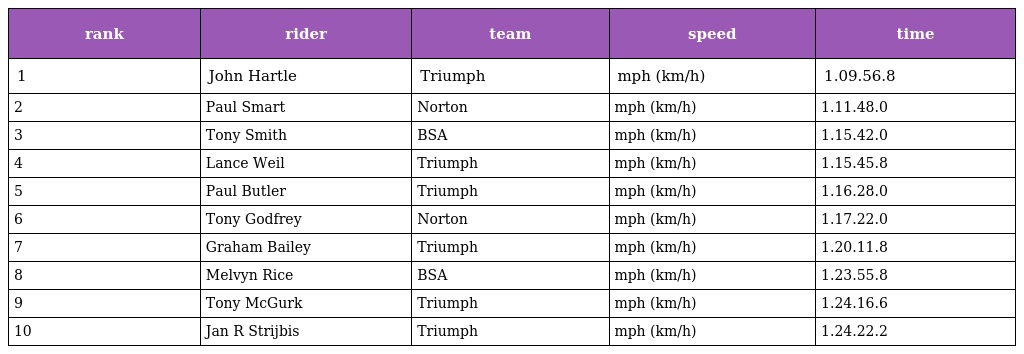
| rank | rider | team | speed | time |
 | --- | --- | --- | --- | --- |
 | 1 | John Hartle | Triumph | mph (km/h) | 1.09.56.8 |
 | 2 | Paul Smart | Norton | mph (km/h) | 1.11.48.0 |
 | 3 | Tony Smith | BSA | mph (km/h) | 1.15.42.0 |
 | 4 | Lance Weil | Triumph | mph (km/h) | 1.15.45.8 |
 | 5 | Paul Butler | Triumph | mph (km/h) | 1.16.28.0 |
 | 6 | Tony Godfrey | Norton | mph (km/h) | 1.17.22.0 |
 | 7 | Graham Bailey | Triumph | mph (km/h) | 1.20.11.8 |
 | 8 | Melvyn Rice | BSA | mph (km/h) | 1.23.55.8 |
 | 9 | Tony McGurk | Triumph | mph (km/h) | 1.24.16.6 |
 | 10 | Jan R Strijbis | Triumph | mph (km/h) | 1.24.22.2 |